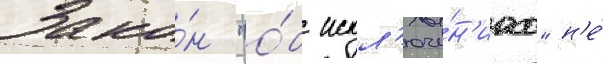
Зако́н "о́б искл'юче́н'иах" н'е́